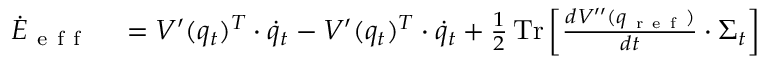
\begin{array} { r l } { \dot { E } _ { \mathrm { ~ e ~ f ~ f ~ } } } & { { } = V ^ { \prime } ( q _ { t } ) ^ { T } \cdot \dot { q } _ { t } - V ^ { \prime } ( q _ { t } ) ^ { T } \cdot \dot { q } _ { t } + \frac { 1 } { 2 } \operatorname { T r } \left[ \frac { d V ^ { \prime \prime } ( q _ { \mathrm { ~ r ~ e ~ f ~ } } ) } { d t } \cdot \Sigma _ { t } \right] } \end{array}